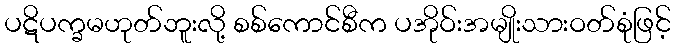
ပဋိပက္ခမဟုတ်ဘူးလို့ စစ်ကောင်စီက ပအိုဝ်းအမျိုးသားဝတ်စုံဖြင့်